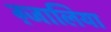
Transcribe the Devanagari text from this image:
ग़्जालिया